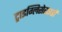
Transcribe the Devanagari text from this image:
ट्राइग्लिसेराइडों